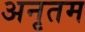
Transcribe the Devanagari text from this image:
अनृतम